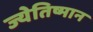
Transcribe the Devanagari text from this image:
ज्येतिष्मान